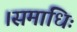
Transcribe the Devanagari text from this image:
।समाधिः